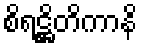
စိရဋ္ဌိတိကာနိ